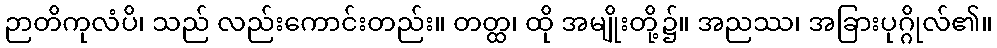
ဉာတိကုလံပိ၊ သည် လည်းကောင်းတည်း။ တတ္ထ၊ ထို အမျိုးတို့၌။ အညဿ၊ အခြားပုဂ္ဂိုလ်၏။